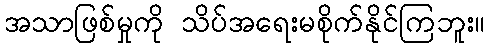
အသာဖြစ်မှုကို သိပ်အရေးမစိုက်နိုင်ကြဘူး။